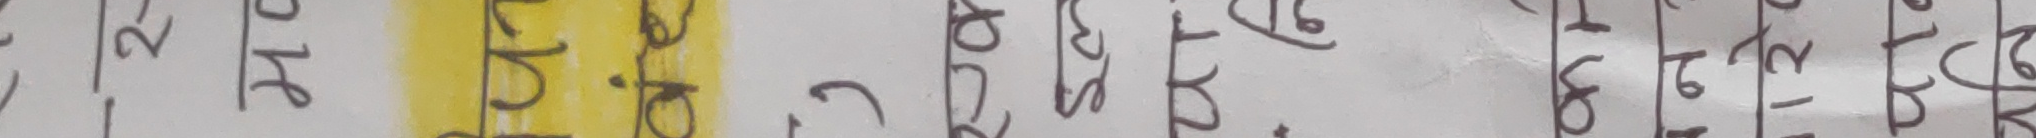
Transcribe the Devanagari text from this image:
जिल्ला हो ?